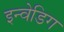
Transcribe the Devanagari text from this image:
इन्वेडिग